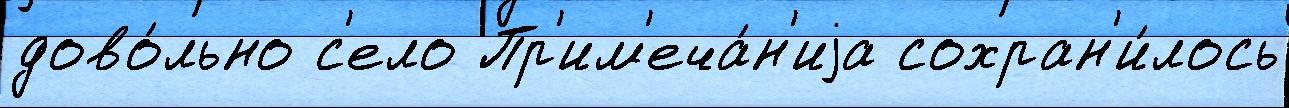
дово́льно с'ело Пр'им'еча́н'иjа сохран'и́лось